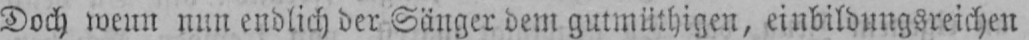
Doch wenn nun endlich der Sänger dem gutmüthigen, einbildungsreichen